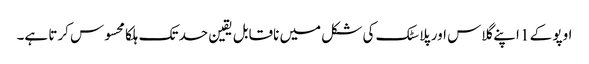
اوپو کے 1 اپنے گلاس اور پلاسٹک کی شکل میں ناقابل یقین حد تک ہلکا محسوس کرتا ہے۔